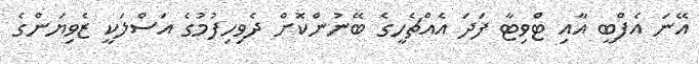
އޭނަ އެފްބީ އާއި ޓްވިޓާ ފަދަ އެއްޗެހީގެ ބޭނުންކޮށް ދެވިހިފުމުގެ އަސްލަކީ ޒެވިޔަންގެ